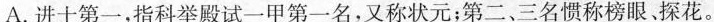
A.进士第一，指科举殿试一甲第一名，又称状元；第二、三名惯称榜眼、探花。